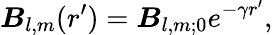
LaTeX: \boldsymbol B_{l,m}(r^{\prime})=\boldsymbol B_{l,m;0}e^{-\gamma r^{\prime}},